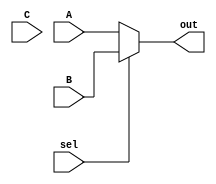
`timescale 1ns / 1ps
//////////////////////////////////////////////////////////////////////////////////
// Company: 
// Engineer: 
// 
// Design Name: 
// Module Name: 32bit3to1Mux
// Project Name: 
// Target Devices: 
// Tool Versions: 
// Description: 
// 
// Dependencies: 
// 
// Revision:
// Revision 0.01 - File Created
// Additional Comments:
// 
//////////////////////////////////////////////////////////////////////////////////

module Mux32bit3to1(A,B,C,sel,out);

    output reg [31:0] out;
    
    input [31:0] A;
    input [31:0] B;
    input [31:0] C;
    input sel;
    always @(A, B, C, sel) begin
        if (sel == 0) 
            begin
                out <= A;
            end 
        else if (sel == 1) 
            begin
                out <= B;
            end 
        else 
            begin
                out <= C;
            end
    end

endmodule